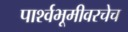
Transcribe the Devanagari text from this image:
पार्श्वभूमीवरचेच